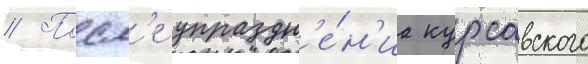
// Посл'е упраздн'е́н'иа курсавского